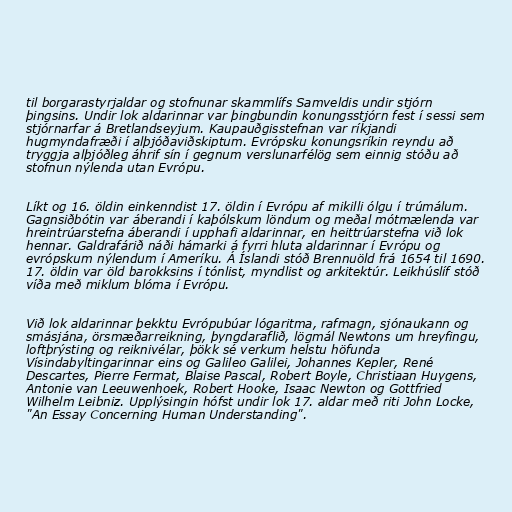
til borgarastyrjaldar og stofnunar skammlífs Samveldis undir stjórn
þingsins. Undir lok aldarinnar var þingbundin konungsstjórn fest í sessi sem
stjórnarfar á Bretlandseyjum. Kaupauðgisstefnan var ríkjandi
hugmyndafræði í alþjóðaviðskiptum. Evrópsku konungsríkin reyndu að
tryggja alþjóðleg áhrif sín í gegnum verslunarfélög sem einnig stóðu að
stofnun nýlenda utan Evrópu.

Líkt og 16. öldin einkenndist 17. öldin í Evrópu af mikilli ólgu í trúmálum.
Gagnsiðbótin var áberandi í kaþólskum löndum og meðal mótmælenda var
hreintrúarstefna áberandi í upphafi aldarinnar, en heittrúarstefna við lok
hennar. Galdrafárið náði hámarki á fyrri hluta aldarinnar í Evrópu og
evrópskum nýlendum í Ameríku. Á Íslandi stóð Brennuöld frá 1654 til 1690.
17. öldin var öld barokksins í tónlist, myndlist og arkitektúr. Leikhúslíf stóð
víða með miklum blóma í Evrópu.

Við lok aldarinnar þekktu Evrópubúar lógaritma, rafmagn, sjónaukann og
smásjána, örsmæðarreikning, þyngdaraflið, lögmál Newtons um hreyfingu,
loftþrýsting og reiknivélar, þökk sé verkum helstu höfunda
Vísindabyltingarinnar eins og Galileo Galilei, Johannes Kepler, René
Descartes, Pierre Fermat, Blaise Pascal, Robert Boyle, Christiaan Huygens,
Antonie van Leeuwenhoek, Robert Hooke, Isaac Newton og Gottfried
Wilhelm Leibniz. Upplýsingin hófst undir lok 17. aldar með riti John Locke,
"An Essay Concerning Human Understanding".